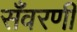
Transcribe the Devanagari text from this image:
सँवरणी